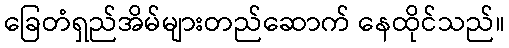
ခြေတံရှည်အိမ်များတည်ဆောက် နေထိုင်သည်။